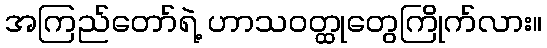
အကြည်တော်ရဲ့ ဟာသဝတ္ထုတွေကြိုက်လား။